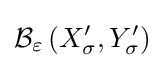
{\mathcal {B}}_{\varepsilon }\left(X_{\sigma }^{\prime },Y_{\sigma }^{\prime }\right)